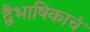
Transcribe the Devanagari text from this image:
द्वैभाषिकाचं